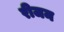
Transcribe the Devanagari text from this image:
रीजम